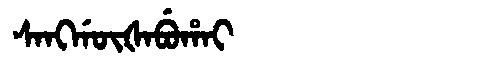
Manchu: ᠰᠠᠩᡤᡡᡧᠠᠪᡠᡥᠠᡳ
Romanization: SANGGŪŠABUHAI